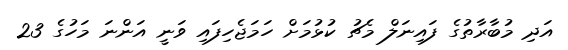
އަދި މުބާރާތުގެ ފައިނަލް މެޗު ކުޅުމަށް ހަމަޖެހިފައި ވަނީ އަންނަ މަހުގެ 23